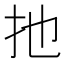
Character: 扡